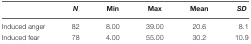
<table><thead><tr><td></td><td><b><i>N</i></b></td><td><b>Min</b></td><td><b>Max</b></td><td><b>Mean</b></td><td><b><i>SD</i></b></td></tr></thead><tbody><tr><td>Induced anger</td><td>82</td><td>8.00</td><td>39.00</td><td>20.6</td><td>8.1</td></tr><tr><td>Induced fear</td><td>78</td><td>4.00</td><td>55.00</td><td>30.2</td><td>10.9</td></tr></tbody></table>